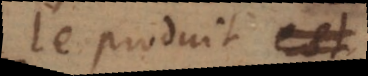
le produit est